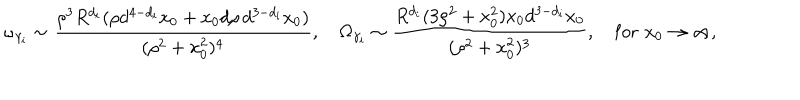
{ \omega } _ { \gamma _ { i } } \sim { \frac { \rho ^ { 3 } R ^ { d _ { i } } ( \rho d ^ { 4 - d _ { i } } x _ { 0 } + x _ { 0 } d \rho \, d ^ { 3 - d _ { i } } x _ { 0 } ) } { ( \rho ^ { 2 } + x _ { 0 } ^ { 2 } ) ^ { 4 } } } , \quad { \Omega } _ { \gamma _ { i } } \sim { \frac { R ^ { d _ { i } } ( 3 \rho ^ { 2 } + x _ { 0 } ^ { 2 } ) x _ { 0 } d ^ { 3 - d _ { i } } x _ { 0 } } { ( \rho ^ { 2 } + x _ { 0 } ^ { 2 } ) ^ { 3 } } } , \quad \mathrm { f o r } \, \, x _ { 0 } \rightarrow \infty ,